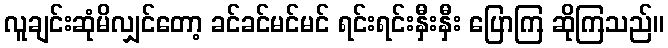
လူချင်းဆုံမိလျှင်တော့ ခင်ခင်မင်မင် ရင်းရင်းနှီးနှီး ပြောကြ ဆိုကြသည်။